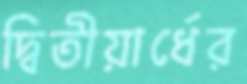
দ্বিতীয়ার্ধের